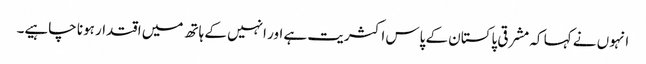
انہوں نے کہا کہ مشرقی پاکستان کے پاس اکثریت ہے اور انہیں کے ہاتھ میں اقتدار ہونا چاہیے۔